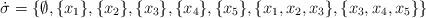
LaTeX: \begin{align*}\dot{\sigma}=\{\emptyset,\{x_1\}, \{x_2\},\{x_3\},\{x_4\},\{x_5\},\{x_1, x_2, x_3\},\{x_3, x_4, x_5\}\}\end{align*}